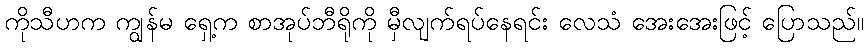
ကိုသီဟက ကျွန်မ ရှေ့က စာအုပ်ဘီရိုကို မှီလျက်ရပ်နေရင်း လေသံ အေးအေးဖြင့် ပြောသည်။